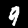
Digit: 9